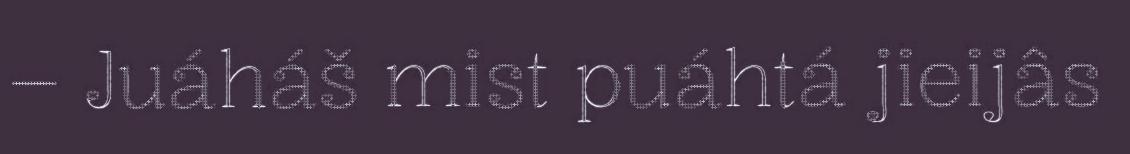
– Juáháš mist puáhtá jieijâs